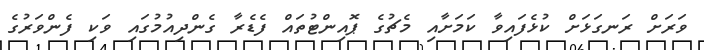
ވަރަށް ރަނގަޅަށް ކުޅެފައިވާ ކަމަށާއި މެޗުގެ ޕޮއިންޓުތައް ފެޑެރާ ގެންދިއުމުގައި ވަކި ފެންވަރުގެ